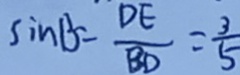
\sin B = \frac { D E } { B D } = \frac { 3 } { 5 }